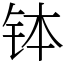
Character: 钵